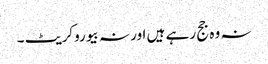
نہ وہ جج رہے ہیں اور نہ بیوروکریٹ ۔